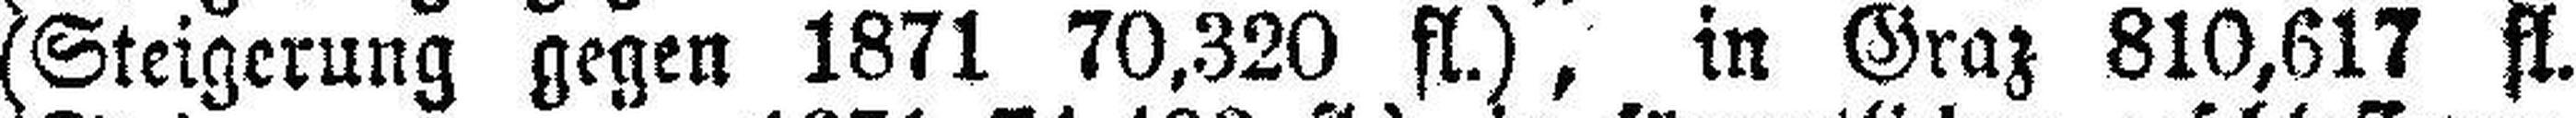
(Steigerung gegen 1871 70,320 fl.), in Graz 810,617 fl.